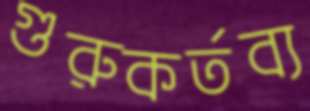
গুরুকর্তব্য